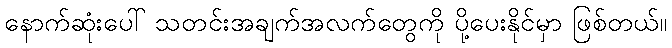
နောက်ဆုံးပေါ် သတင်းအချက်အလက်တွေကို ပို့ပေးနိုင်မှာ ဖြစ်တယ်။